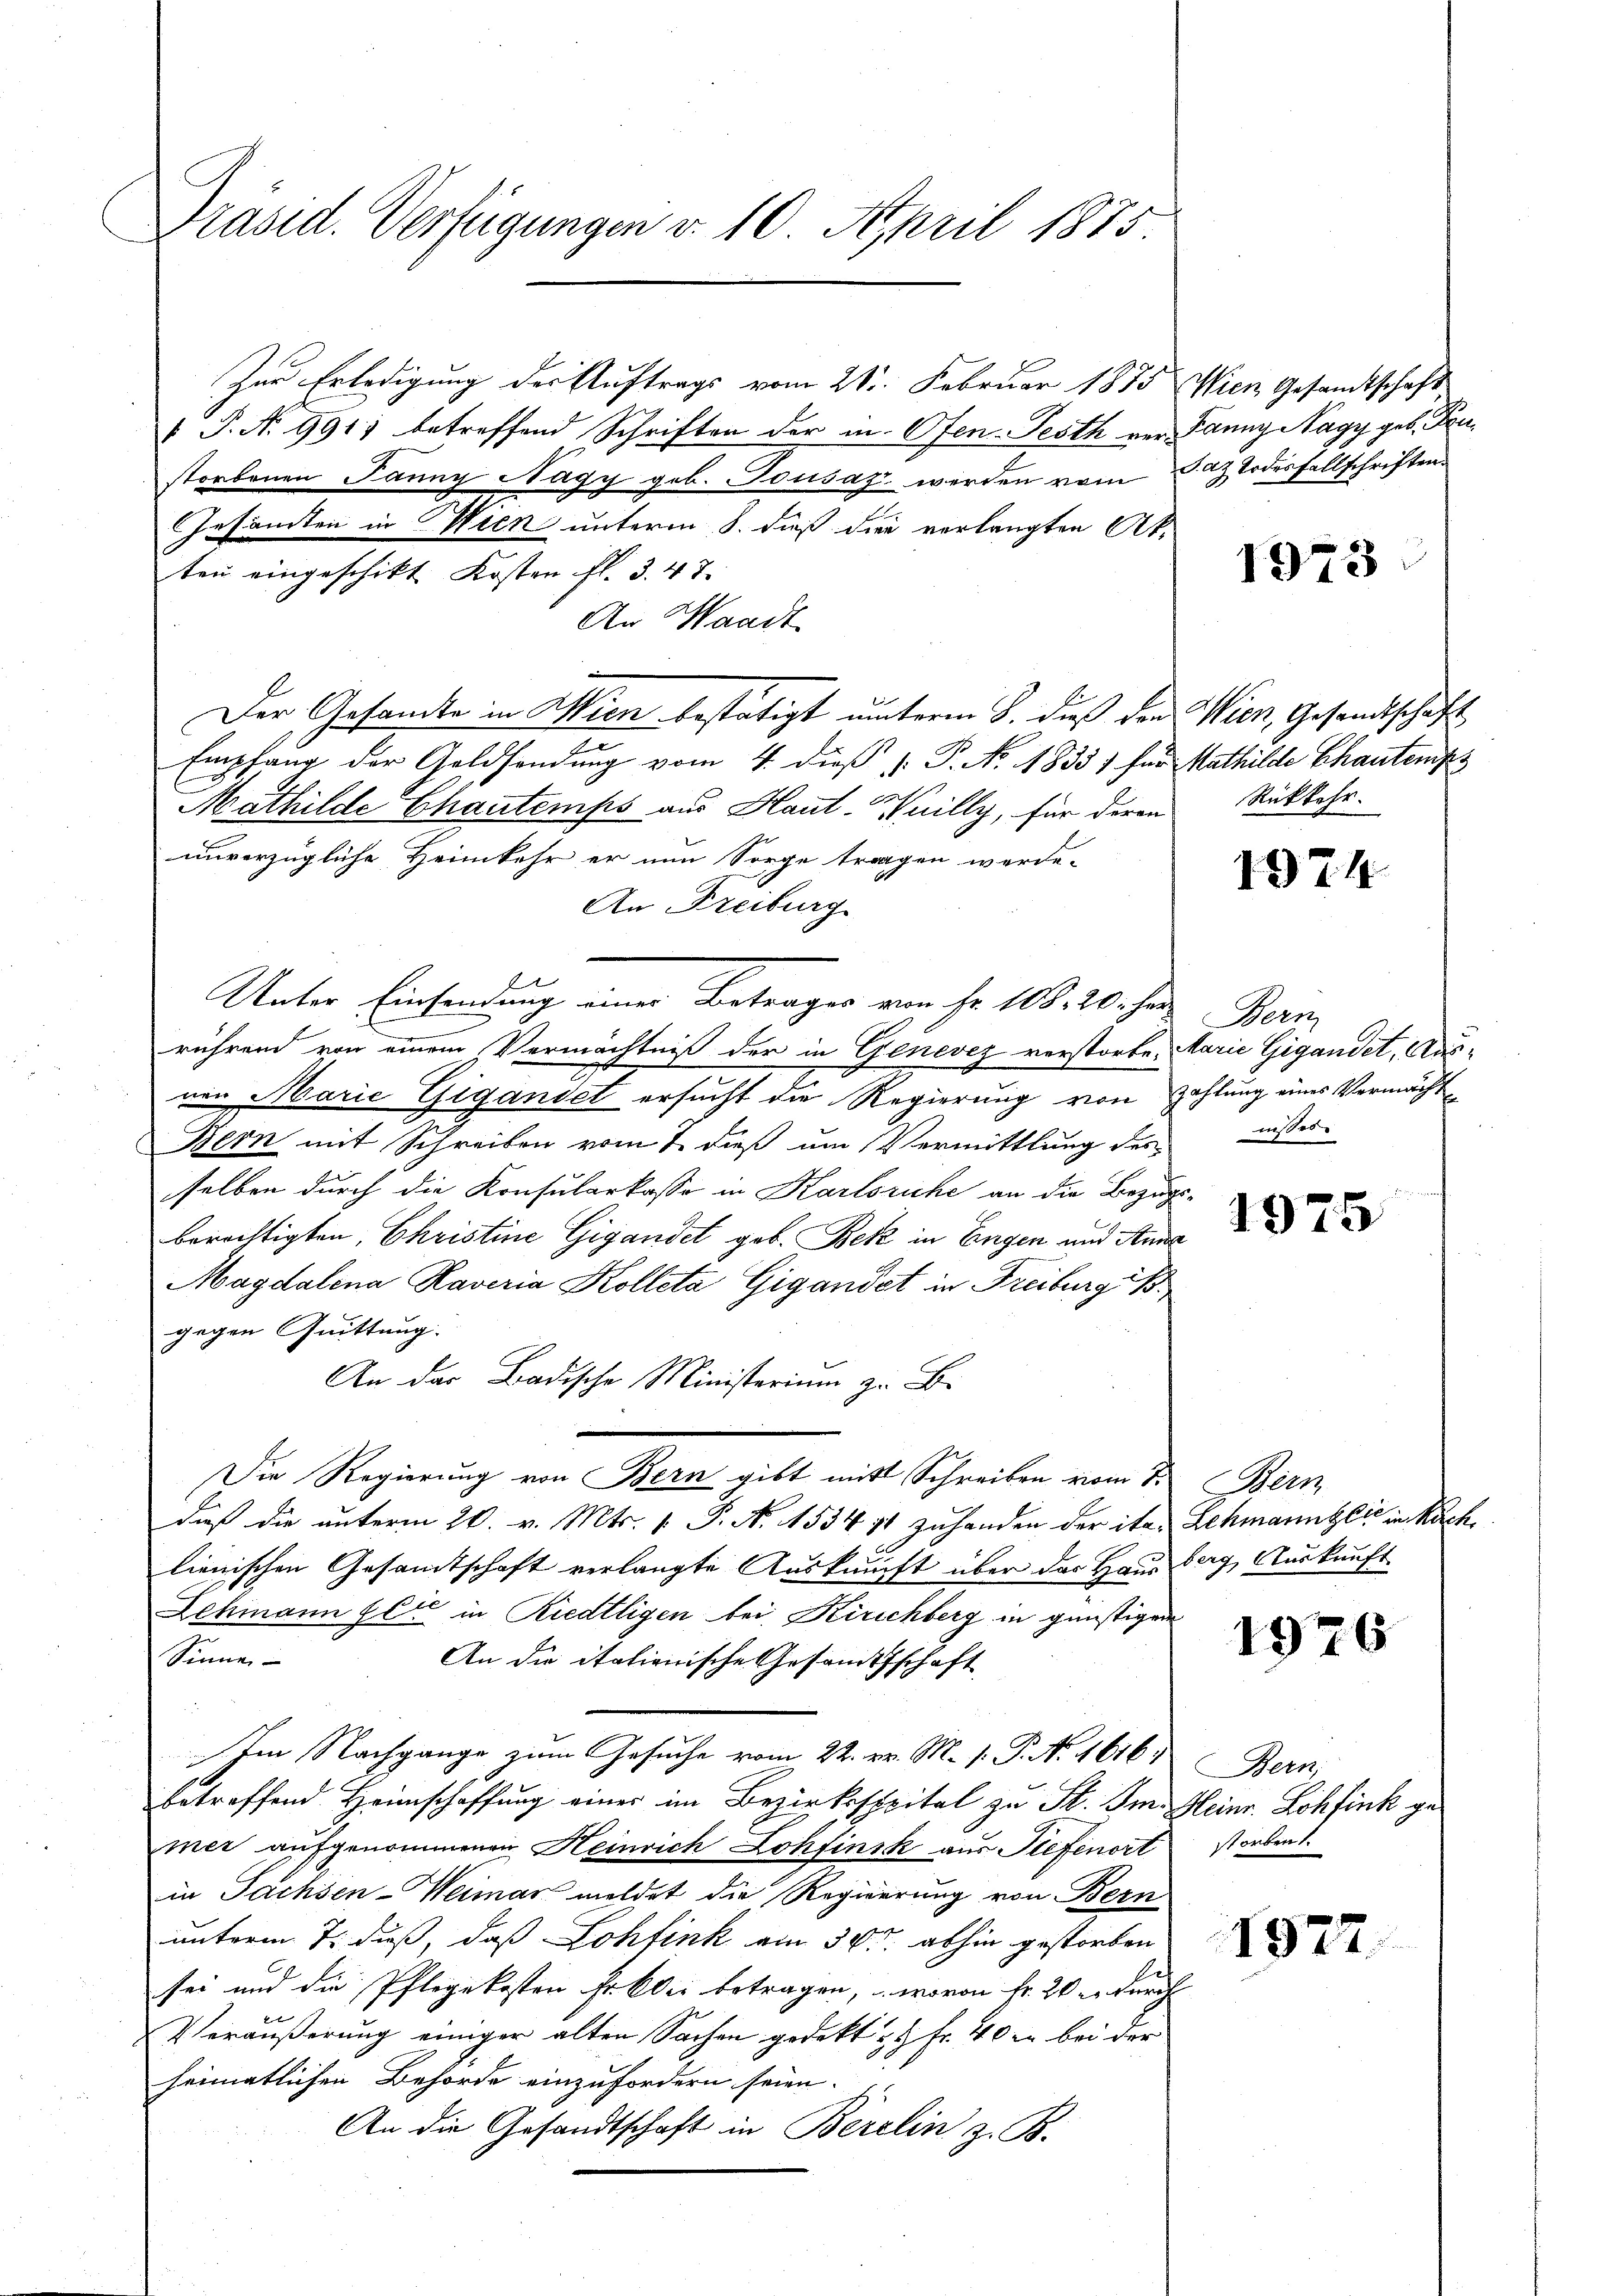
Präsid. Verfügungen v. 10. April 1875.

Zur Erledigung der Auftrags vom 21. Februar 1875
 P. Nr. 991) betreffend Schriften der in Ofen-Festh vor Panny Nagy geb. Fenstorbenen Janng Nagy geb. Tousaz werden vom Jaz Todesfallschriften
Gesamten in ten unterm 8. dieß die verlangten Akten eingeschikt Kosten fl. 3. 47.
An Waadt
Der Gesandte in Wien bestätigt unterm 8. dieß den Wien, Gesandtschaft
Empfang der Geldsendung vom 4. dieß P. No. 1833) für Mathilde Chauten
Mathilde Chautemps aus Haut-Wuilly, für deren Rückkehr-
unvorzügliche Heimkehr er nun Sorge tragen werde.
An Freiburg
Unter Einsendung einer Betrages von Fr. 108. 20. he
rührend von einem Vermächtniß der in Genevez verstorbe, Marie Gigandet, Ausnen Marie Gigandet ersucht die Regierung von Zahlung eines Vermächt¬
Bern mit Schreiben vom 7. dieß um Vermittlung des wisses
selben durch die Konsularkasse in Karlsruhe an die Bezugs-
berächtigten, Christine Gigandel geb. Bek in Engen und Anne
Magdalena Raveria Kolleta Gigandet in Freiburgis
gegen Quittung.
An das Badische Ministerium zu B.
Die Regierung von Bern gibt mit Schreiben vom 7. Bern
daß die unterm 20. v. Mts. v. P. N. 1534 11 zuhanden der ita. Schmanntlić in Nach
lienischen Gesamtschaft verlangte Auskunft über das Hausberg, Auskunft
Lehmann Elie in Riedtligen bei Kirchberg in günstigen
Sinnen
An die italienische Gesamtsschaft
Im Nachgange zum Gesuche vom 22. v. M. v. P. Nr. 1616, Bern,
betreffend Heimschaffung einer im Bezirksspital zu St. Im Heinr. Lohfink gemer aufgenommenen Heinrich Lohfinsk aus Tiefenort
in Sachsen-Weimar meldet die Regierung von Bern
unterm 7. daß, daß Lohfink am 30. abhin gestorben
sei und die Pflegekosten fr. Aber betragen, wovon Fr. 20 er durch
Veräußerung einiger alten Sachen gedeckt & 4 Fr. 40 er bei der
heimatlichen Behörde einzufordern seien.
An die Gesandtschaft in Berelin z. B.

Wien Gesamtschaft

1973

1974

Bern

1975

1926

storben.

1927.